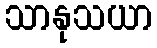
သာနုသယာ